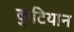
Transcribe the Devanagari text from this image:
कुटियान